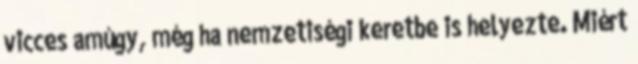
vicces amúgy, még ha nemzetiségi keretbe is helyezte. Miért